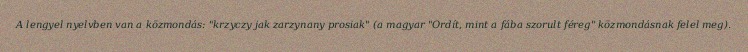
A lengyel nyelvben van a közmondás: "krzyczy jak zarzynany prosiak" (a magyar "Ordít, mint a fába szorult féreg" közmondásnak felel meg).